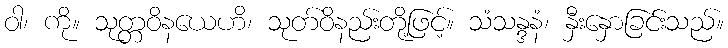
ဝါ၊ ကို။ သုတ္တဝိနယေဟိ၊ သုတ်ဝိနည်းတို့ဖြင့်။ သံသန္ဒနံ၊ နှီးနှောခြင်းသည်။